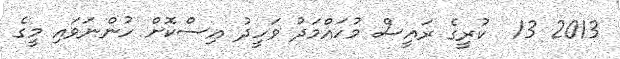
2013 13  ކުރީގެ ރައީސް މުހައްމަދު ވަހީދު އިސްކޮށް ހުންނަވައި މީގެ